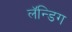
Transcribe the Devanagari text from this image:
लॅन्डिग